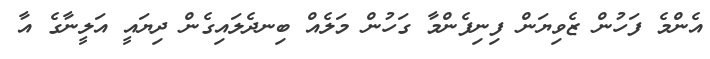
އެންމެ ފަހުން ޒެވިޔަން ފިނިފެންމާ ގަހުން މަލެއް ބިނދެލައިގެން ދިޔައީ އަލީނާގެ އާ